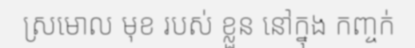
ស្រមោល មុខ របស់ ខ្លួន នៅក្នុង កញ្ចក់